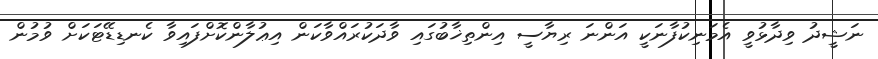
ނަޝީދު ވިދާޅުވީ އެމަނިކުފާނަކީ އަންނަ ރިޔާސީ އިންތިޚާބުގައި ވާދަކުރައްވާކަން އިޢުލާންކޮށްފައިވާ ކެނޑިޑޭޓަކަށް ވުމުން